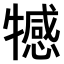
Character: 𤛸